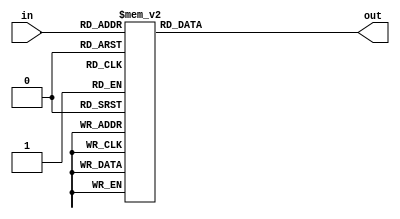
`timescale 1ns / 1ps

module mul_LUT_99(
    input   [7:0]       in,
    output  [7:0]       out
    );
    
    reg     [7:0]       _out;
    
    assign out = _out;
    
    always @(*) begin
        casex(in)

            8'b00000000 : _out = 0;
            8'b00000001 : _out = 0;
            8'b00000010 : _out = 1;
            8'b00000011 : _out = 2;
            8'b00000100 : _out = 3;
            8'b00000101 : _out = 4;
            8'b00000110 : _out = 5;
            8'b00000111 : _out = 6;
            8'b00001000 : _out = 7;
            8'b00001001 : _out = 8;
            8'b00001010 : _out = 9;
            8'b00001011 : _out = 10;
            8'b00001100 : _out = 11;
            8'b00001101 : _out = 12;
            8'b00001110 : _out = 13;
            8'b00001111 : _out = 14;
            8'b00010000 : _out = 15;
            8'b00010001 : _out = 16;
            8'b00010010 : _out = 17;
            8'b00010011 : _out = 18;
            8'b00010100 : _out = 19;
            8'b00010101 : _out = 20;
            8'b00010110 : _out = 21;
            8'b00010111 : _out = 22;
            8'b00011000 : _out = 23;
            8'b00011001 : _out = 24;
            8'b00011010 : _out = 25;
            8'b00011011 : _out = 26;
            8'b00011100 : _out = 27;
            8'b00011101 : _out = 28;
            8'b00011110 : _out = 29;
            8'b00011111 : _out = 30;
            8'b00100000 : _out = 31;
            8'b00100001 : _out = 32;
            8'b00100010 : _out = 33;
            8'b00100011 : _out = 34;
            8'b00100100 : _out = 35;
            8'b00100101 : _out = 36;
            8'b00100110 : _out = 37;
            8'b00100111 : _out = 38;
            8'b00101000 : _out = 39;
            8'b00101001 : _out = 40;
            8'b00101010 : _out = 41;
            8'b00101011 : _out = 42;
            8'b00101100 : _out = 43;
            8'b00101101 : _out = 44;
            8'b00101110 : _out = 45;
            8'b00101111 : _out = 46;
            8'b00110000 : _out = 47;
            8'b00110001 : _out = 48;
            8'b00110010 : _out = 49;
            8'b00110011 : _out = 50;
            8'b00110100 : _out = 51;
            8'b00110101 : _out = 52;
            8'b00110110 : _out = 53;
            8'b00110111 : _out = 54;
            8'b00111000 : _out = 55;
            8'b00111001 : _out = 56;
            8'b00111010 : _out = 57;
            8'b00111011 : _out = 58;
            8'b00111100 : _out = 59;
            8'b00111101 : _out = 60;
            8'b00111110 : _out = 61;
            8'b00111111 : _out = 62;
            8'b01000000 : _out = 63;
            8'b01000001 : _out = 64;
            8'b01000010 : _out = 65;
            8'b01000011 : _out = 66;
            8'b01000100 : _out = 67;
            8'b01000101 : _out = 68;
            8'b01000110 : _out = 69;
            8'b01000111 : _out = 70;
            8'b01001000 : _out = 71;
            8'b01001001 : _out = 72;
            8'b01001010 : _out = 73;
            8'b01001011 : _out = 74;
            8'b01001100 : _out = 75;
            8'b01001101 : _out = 76;
            8'b01001110 : _out = 77;
            8'b01001111 : _out = 78;
            8'b01010000 : _out = 79;
            8'b01010001 : _out = 80;
            8'b01010010 : _out = 81;
            8'b01010011 : _out = 82;
            8'b01010100 : _out = 83;
            8'b01010101 : _out = 84;
            8'b01010110 : _out = 85;
            8'b01010111 : _out = 86;
            8'b01011000 : _out = 87;
            8'b01011001 : _out = 88;
            8'b01011010 : _out = 89;
            8'b01011011 : _out = 90;
            8'b01011100 : _out = 91;
            8'b01011101 : _out = 92;
            8'b01011110 : _out = 93;
            8'b01011111 : _out = 94;
            8'b01100000 : _out = 95;
            8'b01100001 : _out = 96;
            8'b01100010 : _out = 97;
            8'b01100011 : _out = 98;
            8'b01100100 : _out = 99;
            8'b01100101 : _out = 99;
            8'b01100110 : _out = 100;
            8'b01100111 : _out = 101;
            8'b01101000 : _out = 102;
            8'b01101001 : _out = 103;
            8'b01101010 : _out = 104;
            8'b01101011 : _out = 105;
            8'b01101100 : _out = 106;
            8'b01101101 : _out = 107;
            8'b01101110 : _out = 108;
            8'b01101111 : _out = 109;
            8'b01110000 : _out = 110;
            8'b01110001 : _out = 111;
            8'b01110010 : _out = 112;
            8'b01110011 : _out = 113;
            8'b01110100 : _out = 114;
            8'b01110101 : _out = 115;
            8'b01110110 : _out = 116;
            8'b01110111 : _out = 117;
            8'b01111000 : _out = 118;
            8'b01111001 : _out = 119;
            8'b01111010 : _out = 120;
            8'b01111011 : _out = 121;
            8'b01111100 : _out = 122;
            8'b01111101 : _out = 123;
            8'b01111110 : _out = 124;
            8'b01111111 : _out = 125;
            8'b10000000 : _out = 126;
            8'b10000001 : _out = 127;
            8'b10000010 : _out = 128;
            8'b10000011 : _out = 129;
            8'b10000100 : _out = 130;
            8'b10000101 : _out = 131;
            8'b10000110 : _out = 132;
            8'b10000111 : _out = 133;
            8'b10001000 : _out = 134;
            8'b10001001 : _out = 135;
            8'b10001010 : _out = 136;
            8'b10001011 : _out = 137;
            8'b10001100 : _out = 138;
            8'b10001101 : _out = 139;
            8'b10001110 : _out = 140;
            8'b10001111 : _out = 141;
            8'b10010000 : _out = 142;
            8'b10010001 : _out = 143;
            8'b10010010 : _out = 144;
            8'b10010011 : _out = 145;
            8'b10010100 : _out = 146;
            8'b10010101 : _out = 147;
            8'b10010110 : _out = 148;
            8'b10010111 : _out = 149;
            8'b10011000 : _out = 150;
            8'b10011001 : _out = 151;
            8'b10011010 : _out = 152;
            8'b10011011 : _out = 153;
            8'b10011100 : _out = 154;
            8'b10011101 : _out = 155;
            8'b10011110 : _out = 156;
            8'b10011111 : _out = 157;
            8'b10100000 : _out = 158;
            8'b10100001 : _out = 159;
            8'b10100010 : _out = 160;
            8'b10100011 : _out = 161;
            8'b10100100 : _out = 162;
            8'b10100101 : _out = 163;
            8'b10100110 : _out = 164;
            8'b10100111 : _out = 165;
            8'b10101000 : _out = 166;
            8'b10101001 : _out = 167;
            8'b10101010 : _out = 168;
            8'b10101011 : _out = 169;
            8'b10101100 : _out = 170;
            8'b10101101 : _out = 171;
            8'b10101110 : _out = 172;
            8'b10101111 : _out = 173;
            8'b10110000 : _out = 174;
            8'b10110001 : _out = 175;
            8'b10110010 : _out = 176;
            8'b10110011 : _out = 177;
            8'b10110100 : _out = 178;
            8'b10110101 : _out = 179;
            8'b10110110 : _out = 180;
            8'b10110111 : _out = 181;
            8'b10111000 : _out = 182;
            8'b10111001 : _out = 183;
            8'b10111010 : _out = 184;
            8'b10111011 : _out = 185;
            8'b10111100 : _out = 186;
            8'b10111101 : _out = 187;
            8'b10111110 : _out = 188;
            8'b10111111 : _out = 189;
            8'b11000000 : _out = 190;
            8'b11000001 : _out = 191;
            8'b11000010 : _out = 192;
            8'b11000011 : _out = 193;
            8'b11000100 : _out = 194;
            8'b11000101 : _out = 195;
            8'b11000110 : _out = 196;
            8'b11000111 : _out = 197;
            8'b11001000 : _out = 198;
            8'b11001001 : _out = 198;
            8'b11001010 : _out = 199;
            8'b11001011 : _out = 200;
            8'b11001100 : _out = 201;
            8'b11001101 : _out = 202;
            8'b11001110 : _out = 203;
            8'b11001111 : _out = 204;
            8'b11010000 : _out = 205;
            8'b11010001 : _out = 206;
            8'b11010010 : _out = 207;
            8'b11010011 : _out = 208;
            8'b11010100 : _out = 209;
            8'b11010101 : _out = 210;
            8'b11010110 : _out = 211;
            8'b11010111 : _out = 212;
            8'b11011000 : _out = 213;
            8'b11011001 : _out = 214;
            8'b11011010 : _out = 215;
            8'b11011011 : _out = 216;
            8'b11011100 : _out = 217;
            8'b11011101 : _out = 218;
            8'b11011110 : _out = 219;
            8'b11011111 : _out = 220;
            8'b11100000 : _out = 221;
            8'b11100001 : _out = 222;
            8'b11100010 : _out = 223;
            8'b11100011 : _out = 224;
            8'b11100100 : _out = 225;
            8'b11100101 : _out = 226;
            8'b11100110 : _out = 227;
            8'b11100111 : _out = 228;
            8'b11101000 : _out = 229;
            8'b11101001 : _out = 230;
            8'b11101010 : _out = 231;
            8'b11101011 : _out = 232;
            8'b11101100 : _out = 233;
            8'b11101101 : _out = 234;
            8'b11101110 : _out = 235;
            8'b11101111 : _out = 236;
            8'b11110000 : _out = 237;
            8'b11110001 : _out = 238;
            8'b11110010 : _out = 239;
            8'b11110011 : _out = 240;
            8'b11110100 : _out = 241;
            8'b11110101 : _out = 242;
            8'b11110110 : _out = 243;
            8'b11110111 : _out = 244;
            8'b11111000 : _out = 245;
            8'b11111001 : _out = 246;
            8'b11111010 : _out = 247;
            8'b11111011 : _out = 248;
            8'b11111100 : _out = 249;
            8'b11111101 : _out = 250;
            8'b11111110 : _out = 251;
            8'b11111111 : _out = 252;


            default: _out = 252;
        
        endcase
        
    end
endmodule